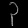
Digit: ၃